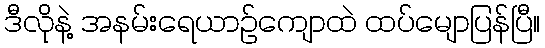
ဒီလိုနဲ့ အနမ်းရေယာဉ်ကျောထဲ ထပ်မျောပြန်ပြီ။